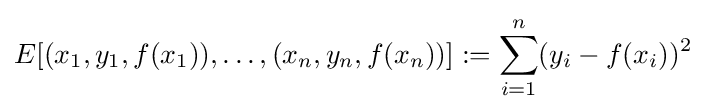
E[(x_{1},y_{1},f(x_{1})),\dots ,(x_{n},y_{n},f(x_{n}))]:=\sum _{i=1}^{n}(y_{i}-f(x_{i}))^{2}